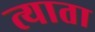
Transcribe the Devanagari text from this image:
त्याता